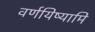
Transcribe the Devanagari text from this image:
वर्णयिष्यामि